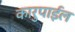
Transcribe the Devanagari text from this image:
कारुपाईल